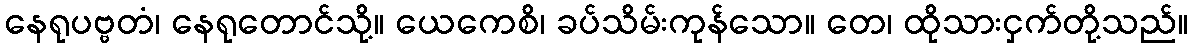
နေရုပဗ္ဗတံ၊ နေရုတောင်သို့။ ယေကေစိ၊ ခပ်သိမ်းကုန်သော။ တေ၊ ထိုသားငှက်တို့သည်။